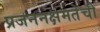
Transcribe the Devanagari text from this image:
प्रजननक्षमतेची